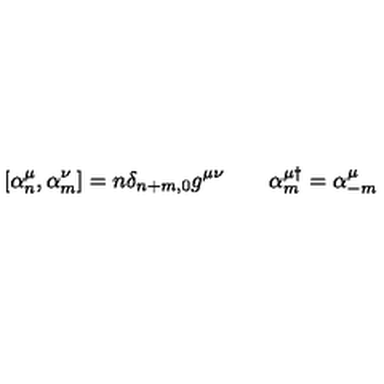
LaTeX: \left[ \alpha _ { n } ^ { \mu } , \alpha _ { m } ^ { \nu } \right] = n \delta _ { n + m , 0 } g ^ { \mu \nu } \: \: \: \: \: \: \: \: \: \alpha _ { m } ^ { \mu \dag } = \alpha _ { - m } ^ { \mu }